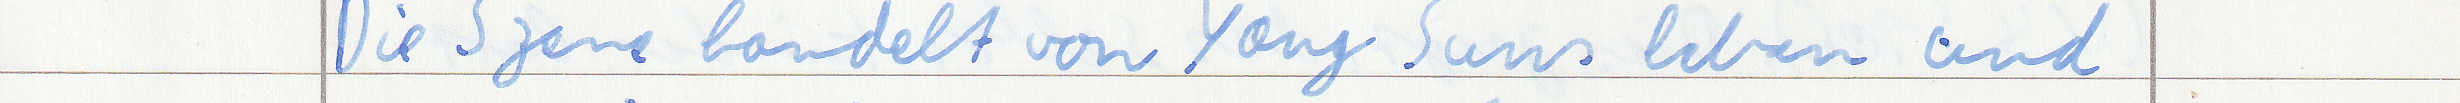
Die Szene handelt von Yang Suns leben und